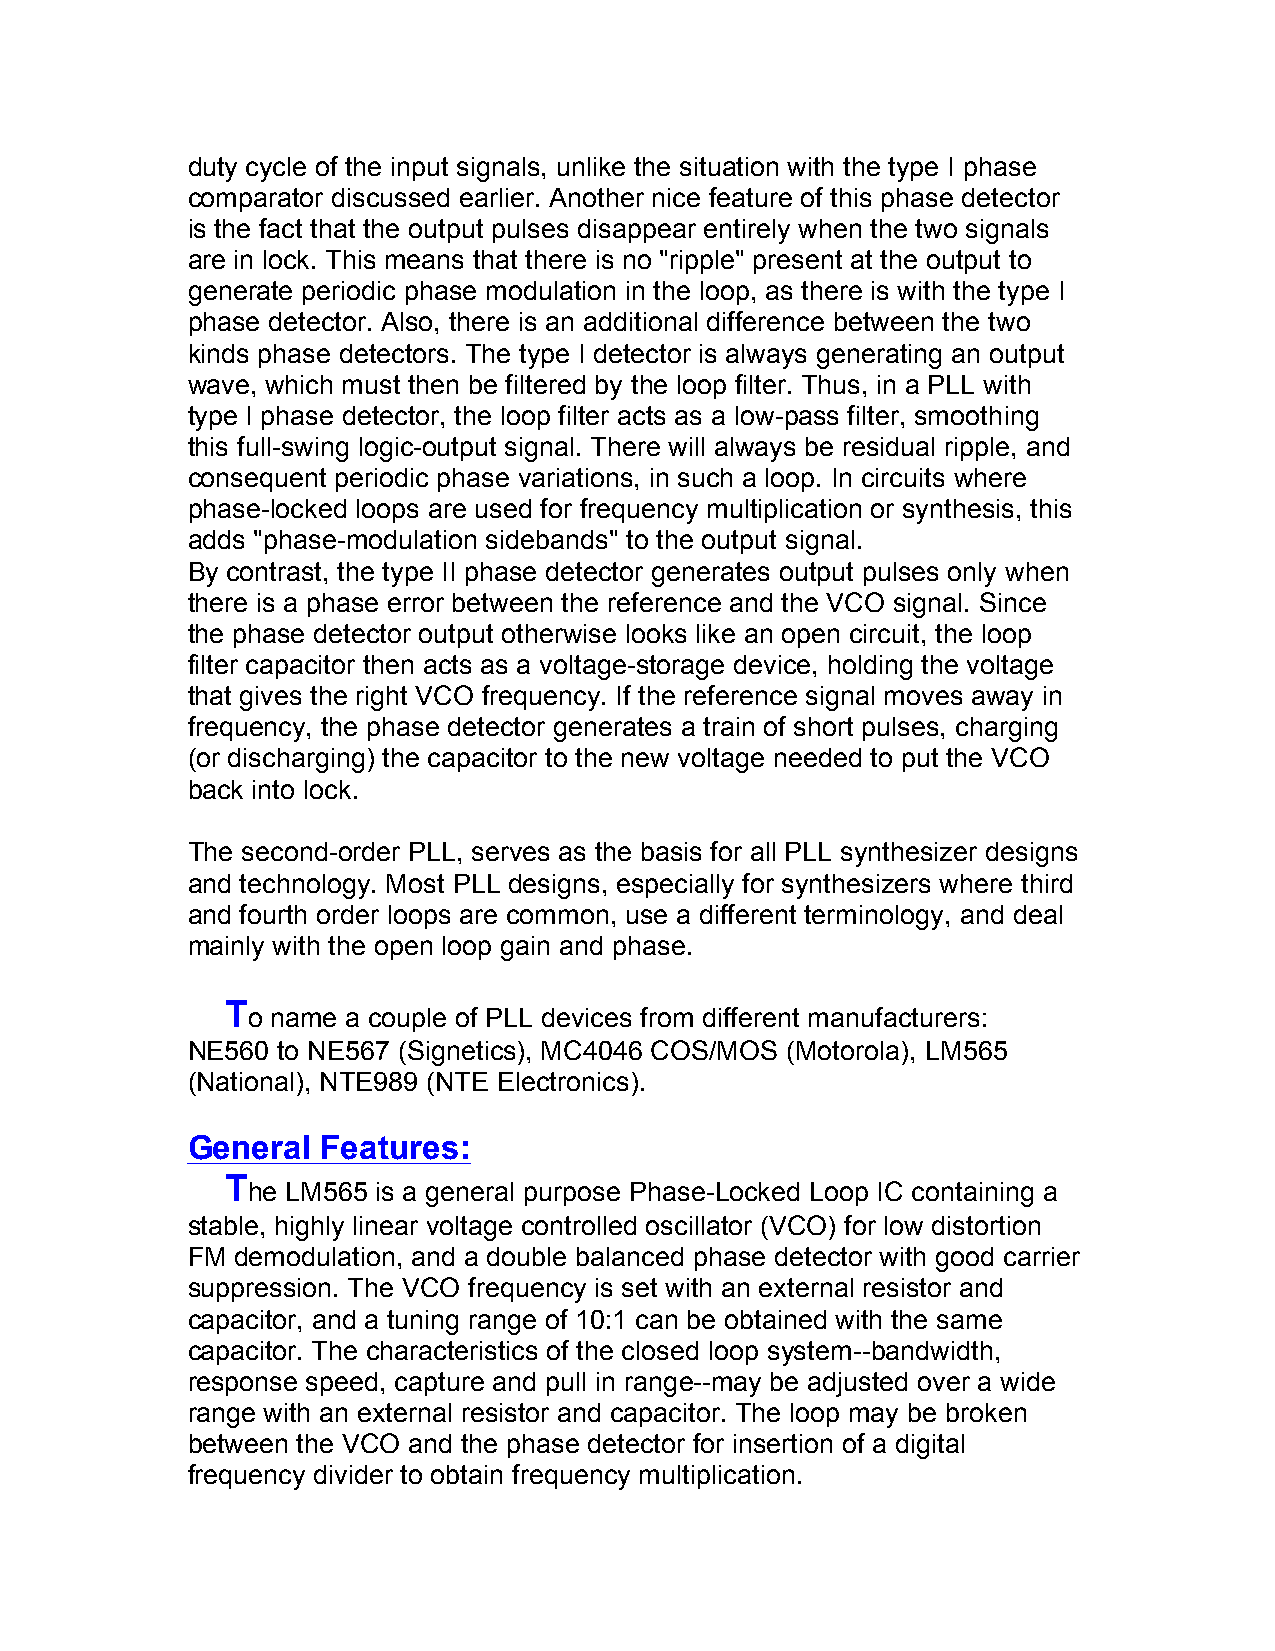
duty cycle of the input signals, unlike the situation with the type I phase
 comparator discussed earlier. Another nice feature of this phase detector
 is the fact that the output pulses disappear entirely when the two signals
 are in lock. This means that there is no "ripple" present at the output to
 generate periodic phase modulation in the loop, as there is with the type I
 phase detector. Also, there is an additional difference between the two
 kinds phase detectors. The type I detector is always generating an output
 wave, which must then be filtered by the loop filter. Thus, in a PLL with
 type I phase detector, the loop filter acts as a low-pass filter, smoothing
 this full-swing logic-output signal. There will always be residual ripple, and
 consequent periodic phase variations, in such a loop. In circuits where
 phase-locked loops are used for frequency multiplication or synthesis, this
 adds "phase-modulation sidebands" to the output signal.
 By contrast, the type II phase detector generates output pulses only when
 there is a phase error between the reference and the VCO signal. Since
 the phase detector output otherwise looks like an open circuit, the loop
 filter capacitor then acts as a voltage-storage device, holding the voltage
 that gives the right VCO frequency. If the reference signal moves away in
 frequency, the phase detector generates a train of short pulses, charging
 (or discharging) the capacitor to the new voltage needed to put the VCO
 back into lock.
 The second-order PLL, serves as the basis for all PLL synthesizer designs
 and technology. Most PLL designs, especially for synthesizers where third
 and fourth order loops are common, use a different terminology, and deal
 mainly with the open loop gain and phase.
 T
 o name a couple of PLL devices from different manufacturers:
 NE560 to NE567 (Signetics), MC4046 COS/MOS (Motorola), LM565
 (National), NTE989 (NTE Electronics).
 General  Features:
 T
 he LM565 is a general purpose Phase-Locked Loop IC containing a
 stable, highly linear voltage controlled oscillator (VCO) for low distortion
 FM  demodulation, and a double balanced phase detector with good carrier
 suppression. The VCO frequency is set with an external resistor and
 capacitor, and a tuning range of 10:1 can be obtained with the same
 capacitor. The characteristics of the closed loop system--bandwidth,
 response speed, capture and pull in range--may be adjusted over a wide
 range with an external resistor and capacitor. The loop may be broken
 between the VCO and the phase detector for insertion of a digital
 frequency divider to obtain frequency multiplication.